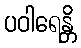
ပဝါရေန္တိ